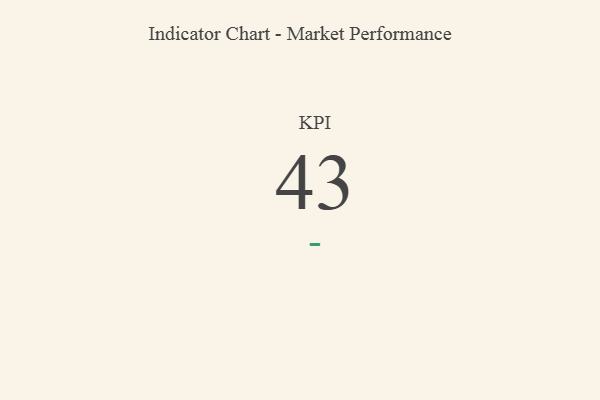
{"axis": {"x": "KPI", "y": "Value"}, "legend": [""], "data": [{"x": "KPI", "y": 43, "type": ""}]}